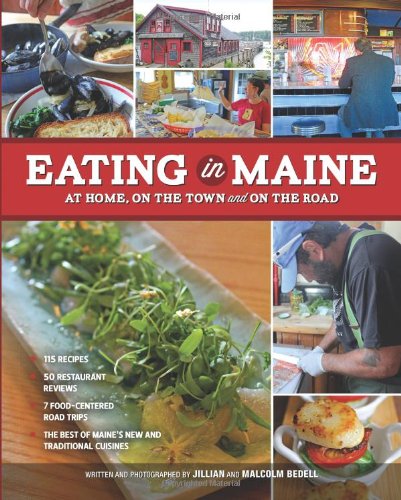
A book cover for Eating in Maine: At Home, On the Town, and On the Road; Jillian Bedell; Cookbooks, Food & Wine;